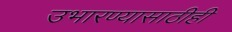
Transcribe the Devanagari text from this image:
उभारण्यासाठीही